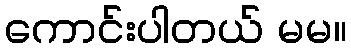
ကောင်းပါတယ် မမ။